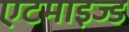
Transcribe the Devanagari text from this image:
एटमाइज्ड